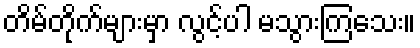
တိမ်တိုက်များမှာ လွင့်ပါ မသွားကြသေး။